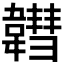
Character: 𩏚